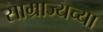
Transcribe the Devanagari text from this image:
साम्राज्यच्या